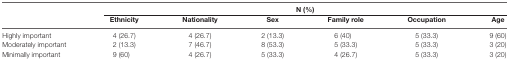
<table><thead><tr><td rowspan="2">[EMPTY_CELL]</td><td colspan="6"><b>N (%)</b></td></tr><tr><td><b>Ethnicity</b></td><td><b>Nationality</b></td><td><b>Sex</b></td><td><b>Family role</b></td><td><b>Occupation</b></td><td><b>Age</b></td></tr></thead><tbody><tr><td>Highly important</td><td>4 (26.7)</td><td>4 (26.7)</td><td>2 (13.3)</td><td>6 (40)</td><td>5 (33.3)</td><td>9 (60)</td></tr><tr><td>Moderately important</td><td>2 (13.3)</td><td>7 (46.7)</td><td>8 (53.3)</td><td>5 (33.3)</td><td>5 (33.3)</td><td>3 (20)</td></tr><tr><td>Minimally important</td><td>9 (60)</td><td>4 (26.7)</td><td>5 (33.3)</td><td>4 (26.7)</td><td>5 (33.3)</td><td>3 (20)</td></tr></tbody></table>